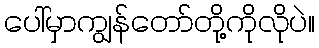
ပေါ်မှာကျွန်တော်တို့ကိုလိုပဲ။